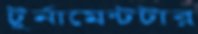
টুর্নামেন্টটার